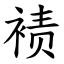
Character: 𫌀